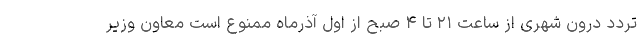
تردد درون شهری از ساعت ۲۱ تا ۴ صبح از اول آذرماه ممنوع است معاون وزیر